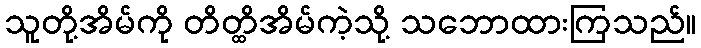
သူတို့အိမ်ကို တိတ္ထိအိမ်ကဲ့သို့ သဘောထားကြသည်။